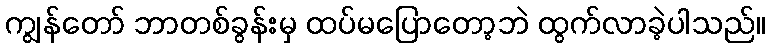
ကျွန်တော် ဘာတစ်ခွန်းမှ ထပ်မပြောတော့ဘဲ ထွက်လာခဲ့ပါသည်။